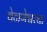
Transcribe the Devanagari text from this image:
वेळणेश्वरचा